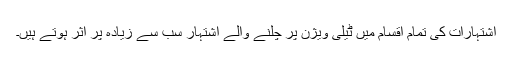
اشتہارات کی تمام اقسام میں ٹیلی ویژن پر چلنے والے اشتہار سب سے زیادہ پُر اثر ہوتے ہیں۔